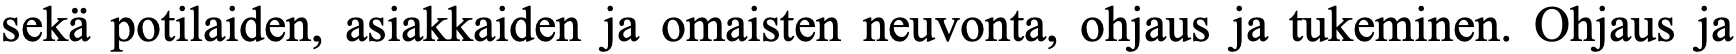
sekä potilaiden, asiakkaiden ja omaisten neuvonta, ohjaus ja tukeminen. Ohjaus ja